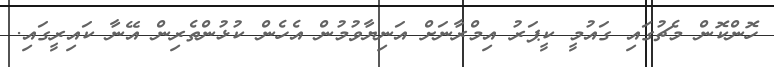
ހޮންކޮން މެޗުގައި ގައުމީ ކީޕަރު އިމްރާނަށް އަނިޔާވުމުން އެހެން ކުޅުންތެރިން އޭނާ ކައިރީގައި.